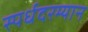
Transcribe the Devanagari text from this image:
स्पर्धदरम्यान